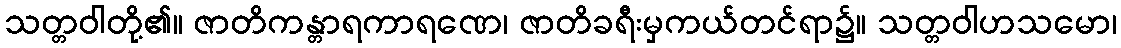
သတ္တဝါတို့၏။ ဇာတိကန္တာရကာရဏေ၊ ဇာတိခရီးမှကယ်တင်ရာ၌။ သတ္တဝါဟသမော၊